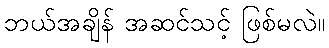
ဘယ်အချိန် အဆင်သင့် ဖြစ်မလဲ။